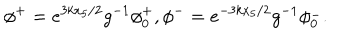
\phi ^ { + } = e ^ { 3 k x _ { 5 } / 2 } g ^ { - 1 } \phi _ { 0 } ^ { + } , \phi ^ { - } = e ^ { - 3 k x _ { 5 } / 2 } g ^ { - 1 } \phi _ { 0 } ^ { - } .